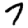
Digit: 7